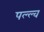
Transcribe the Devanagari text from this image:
पल्ल्व